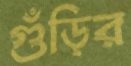
গুঁড়ির